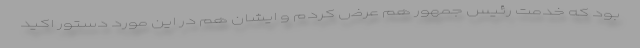
بود که خدمت رئیس جمهور هم عرض کردم و ایشان هم در این مورد دستور اکید